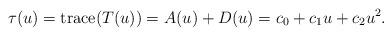
LaTeX: \begin{align*}\tau(u) ={\rm trace}(T(u)) = A(u)+D(u)=c_0+c_1u+c_2u^2.\end{align*}